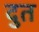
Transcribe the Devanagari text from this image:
दुत